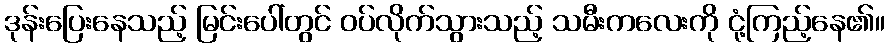
ဒုန်းပြေးနေသည့် မြင်းပေါ်တွင် ဝပ်လိုက်သွားသည့် သမီးကလေးကို ငုံ့ကြည့်နေ၏။